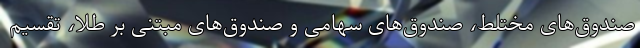
صندوق‌های مختلط، صندوق‌های سهامی و صندوق‌های مبتنی بر طلا، تقسیم